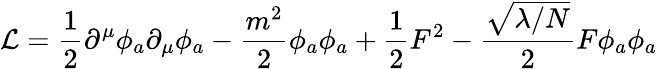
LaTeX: {\mathcal{L}}={\frac{1}{2}}\partial^{\mu}\phi_{a}\partial_{\mu}\phi_{a}-{\frac{m^{2}}{2}}\phi_{a}\phi_{a}+{\frac{1}{2}}F^{2}-{\frac{\sqrt{\lambda/N}}{2}}F\phi_{a}\phi_{a}